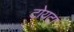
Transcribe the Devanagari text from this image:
टोयटा